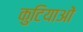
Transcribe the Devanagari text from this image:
कुटियाओं